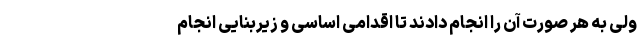
ولی به هر صورت آن را انجام دادند تا اقدامی اساسی و زیربنایی انجام